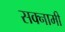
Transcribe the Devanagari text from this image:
सक्नामी